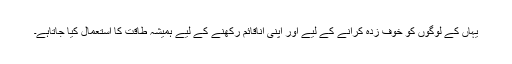
یہاں کے لوگوں کو خوف زدہ کرانے کے لیے اور اپنی اناقائم رکھنے کے لیے ہمیشہ طاقت کا استعمال کیا جاتاہے۔